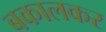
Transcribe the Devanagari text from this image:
बकालकर